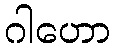
ဂါဟော